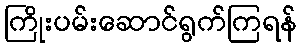
ကြိုးပမ်းဆောင်ရွက်ကြရန်